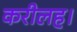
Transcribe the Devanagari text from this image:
करीलह।